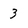
Character: 3